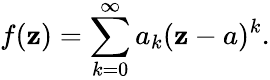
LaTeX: f(\mathbf{z})=\sum_{k=0}^{\infty}a_{k}(\mathbf{z}-a)^{k}.